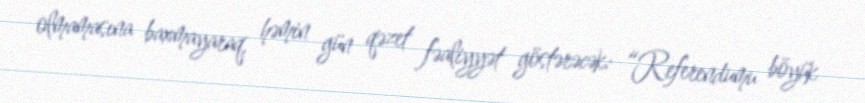
olmamasına baxmayaraq, həmin gün qəzet fəaliyyət göstərəcək: “Referendumu böyük